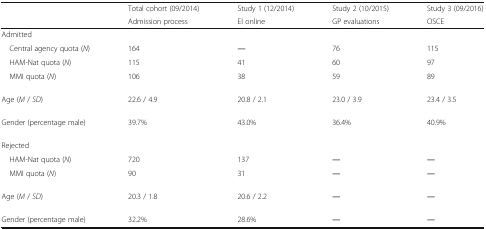
| <ROWSPAN=2>  | Total cohort (09/2014) | Study 1 (12/2014) | Study 2 (10/2015) | Study 3 (09/2016) |
 | Admission process | EI online | GP evaluations | OSCE |
 | --- | --- | --- | --- | --- |
 | <COLSPAN=5> Admitted |
 | Central agency quota (N) | 164 | ― | 76 | 115 |
 | HAM-Nat quota (N) | 115 | 41 | 60 | 97 |
 | MMI quota (N) | 106 | 38 | 59 | 89 |
 | Age (M / SD) | 22.6 / 4.9 | 20.8 / 2.1 | 23.0 / 3.9 | 23.4 / 3.5 |
 | Gender (percentage male) | 39.7% | 43.0% | 36.4% | 40.9% |
 | <COLSPAN=5> Rejected |
 | HAM-Nat quota (N) | 720 | 137 | ― | ― |
 | MMI quota (N) | 90 | 31 | ― | ― |
 | Age (M / SD) | 20.3 / 1.8 | 20.6 / 2.2 | ― | ― |
 | Gender (percentage male) | 32.2% | 28.6% | ― | ― |